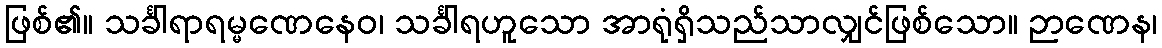
ဖြစ်၏။ သင်္ခါရာရမ္မဏေနေဝ၊ သင်္ခါရဟူသော အာရုံရှိသည်သာလျှင်ဖြစ်သော။ ဉာဏေန၊